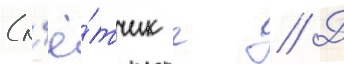
(л'ё́тчик г // Д